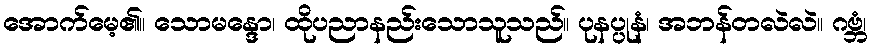
အောက်မေ့၏။ သောမန္ဒော၊ ထိုပညာနည်းသောသူသည်။ ပုနပ္ပုနံ၊ အဘန်တလဲလဲ။ ဂဗ္ဘံ၊